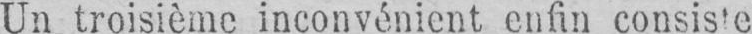
Un troisième inconvénient enfin consiste